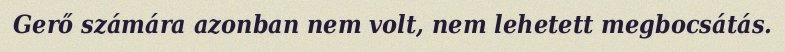
Gerő számára azonban nem volt, nem lehetett megbocsátás.